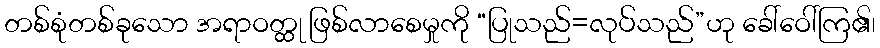
တစ်စုံတစ်ခုသော အရာဝတ္ထု ဖြစ်လာစေမှုကို “ပြုသည်=လုပ်သည်”ဟု ခေါ်ဝေါ်ကြ၏၊